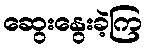
ဆွေးနွေးခဲ့ကြ